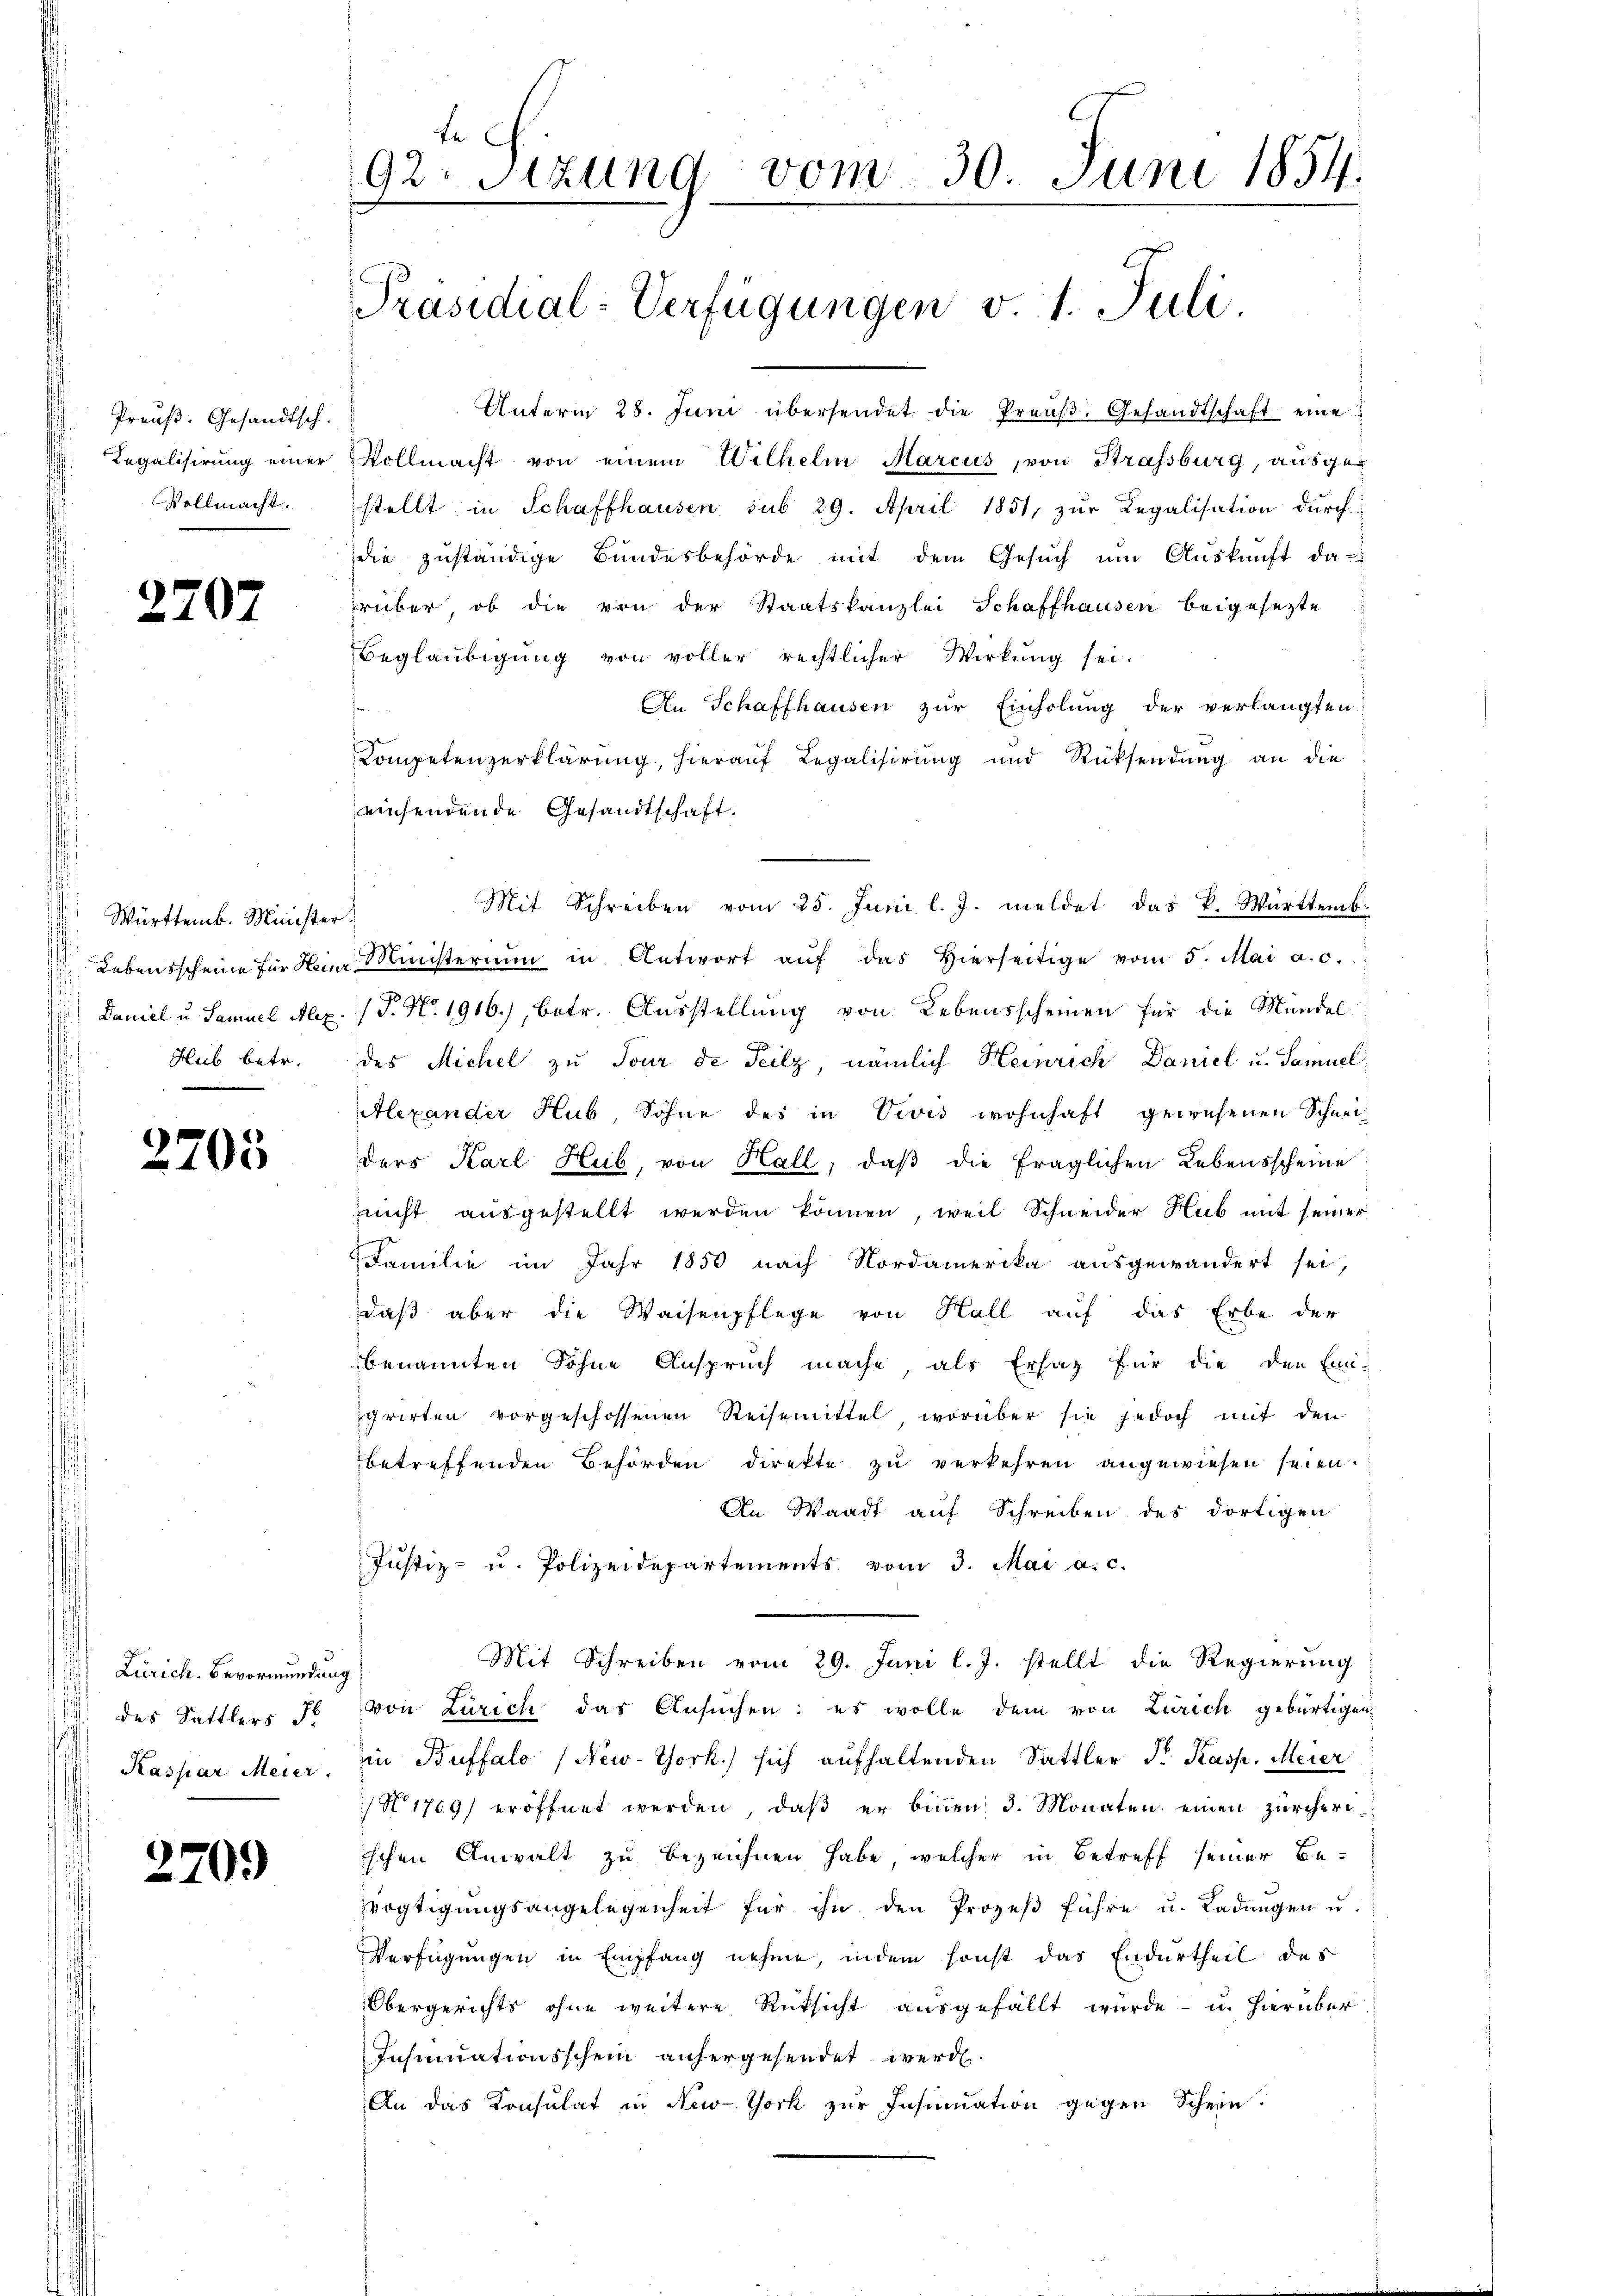
Preuß. Gesandtsch.
Regalisirung einer
Vollmacht.

2707

Württemb. Minister.
Hub betr.

2705

) Zürich. Bevormundung
 des Sattlers Fr

2709

Unterm 28. Juni übersendet die Preuß. Gesandtschaft eine
Vollmacht von einem Wilhelm Marcus, von Strassburg, ausgestellt in Schaffhausen sub 29. April 1851, zur Legalisation durchdie zuständige Bundesbehörde mit dem Gesŭch ŭm Aŭskŭnft da-
rüber, ob die von der Staatskanzlei Schaffhausen beigesezte
Beglaŭbigŭng von voller rechtlicher Wirkŭng sei.
An Schaffhausen zur Einholung der verlangten:
Kompetenzerklärung, hierauf Regalisirung und Rücksendung an die
einsendende Gesandtschaft.
Mit Schreiben vom 25. Juni l. J. meldet das K. Württemb.
Lebensscheine für den Ministerium in Antwort aŭf das hierseitige vom 5. Mai a.c.
Daniel u. Samuel Alex. (T. N. 1916), betr. Ausstellung von Lebensscheinen für die Mündel
des Michel zu Tour de Teilz, nämlich Heinrich Daniel u. Samuel
Alexander Hub, Sohne des in Vivis wohnhaft gewesenen Schneiders Karl Hub, von Hall; daß die fraglichen Lebensscheine
zeicht ausgestellt werden können, weil Schneider Hub mit seiner
Familie im Jahr 1850 nach Nordamerika ausgewandert sei,
daß aber die Waisenpflege von Hall auf das Erbe der
benannten Söhne Anspruch mache, als Ersatz für die den Ein-
grirten vorgeschossenen Reisemittel, worüber sie jedoch mit den
betreffenden Behörden direkte zŭ verkehren angewiesen seien.
An Waadt auf Schreiben des dortigen
Justiz- u. Polizeidepartements vom 3. Mai a. c.
Mit Schreiben vom 29. Juni l. J. stellt die Regierung
von Zürich das Ansuchen: es wolle dem von Zürich gebürtigen,
Kaspar Meier, in Buffalo (New-York.) sich aufhaltenden Sattler Sr. Kasp. Meier
N° 1709) eröffnet werden, daß er binen 3. Monaten einen Zürcheriischen Anwalt zu bezeichnen habe, welcher in Betreff seiner Bevogtigŭngsangelegenheit für ihn den Prozeβ führe u. Ladŭngen u.
Verfügungen in Empfang nehme, indem sonst das Endurtheil des
Obergerichts ohne weitere Rüksicht ausgefällt würde - u. hierüber
Insinuationsschein anhergesendet werde.
An das Konsulat in New-York zur Insinuation gegen Schein.

fe
92. Sitzung vom 30. Juni 1854.
Präsidial-Verfügungen v. 1. Juli.